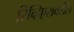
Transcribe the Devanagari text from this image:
रिव्हिएरावरील